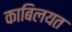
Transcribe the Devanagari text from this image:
काबिलयत